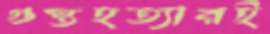
গুপ্তহত্যারই